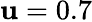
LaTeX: \mathbf{u}=0.7